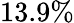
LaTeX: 13.9\%